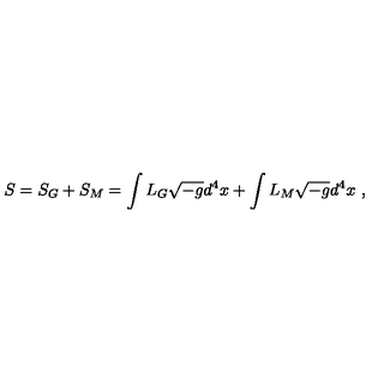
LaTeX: S = S _ { G } + S _ { M } = \int L _ { G } \sqrt { - g } d ^ { 4 } x + \int L _ { M } \sqrt { - g } d ^ { 4 } x \ ,